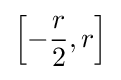
\left[-{\frac {r}{2}},r\right]